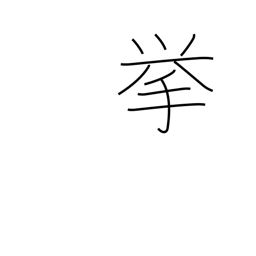
Meaning: project